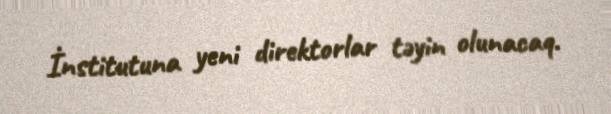
İnstitutuna yeni direktorlar təyin olunacaq.